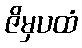
ဇိမှပထံ